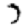
Digit: 7